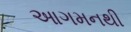
આગમનથી